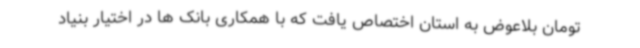
تومان بلاعوض به استان اختصاص یافت که با همکاری بانک ها در اختیار بنیاد